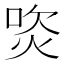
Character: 焁